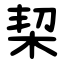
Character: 栔